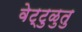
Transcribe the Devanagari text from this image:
वेट्टुळुतु